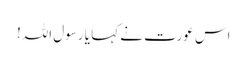
اس عورت نے کہا یا رسول اللہ!